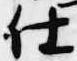
仕